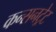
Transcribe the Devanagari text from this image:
कन्सनट्रेट